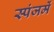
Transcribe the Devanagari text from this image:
स्पंजमें